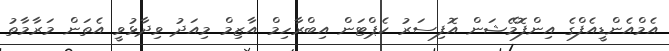
އެމްއެންޑީއެފްގެ އިންފޮމޭޝަން އޮފިސަރު ކެޕްޓަން އިބްރާހިމް އާޒިމް މިއަދު ވިދާޅުވީ އެތަން މަރާމާތު